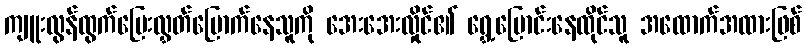
ကျူးလွန်ထွက်ပြေးလွှတ်မြောက်နေသူကို အေးအေးလှိုင်၏ ရွှေ့ပြောင်းနေထိုင်သူ အထောက်အထားဖြစ်